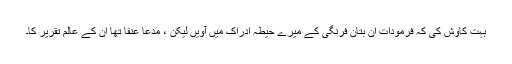
بہت کاوش کی کہ فرمودات اُن بتانِ فرنگی کے میرے حیطہِ ادراک میں آویں لیکن ، مدعا عنقا تھا اُن کے عالمِ تقریر کا۔